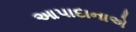
આપાદાનાએ